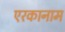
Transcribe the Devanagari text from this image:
एरकानाम